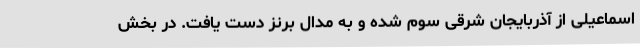
اسماعیلی از آذربایجان شرقی سوم شده و به مدال برنز دست یافت. در بخش